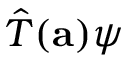
{ \hat { T } } ( \mathbf { a } ) \psi